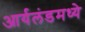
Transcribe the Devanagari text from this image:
आर्यलंडमध्ये